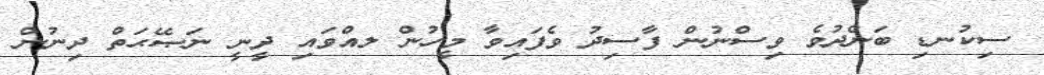
ސިކުނޑި ބަންދުވެ ވިސްނުން ފާސިދު ވެފައިވާ މީހުން ލއްވައި ދީނީ ނަޞޭޙަތް ދިނުން